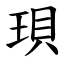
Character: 珼